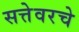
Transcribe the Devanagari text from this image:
सत्तेवरचे